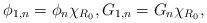
LaTeX: \begin{align*}\phi_{1,n}=\phi_{n}\chi_{R_0},G_{1,n}=G_{n}\chi_{R_0},\end{align*}